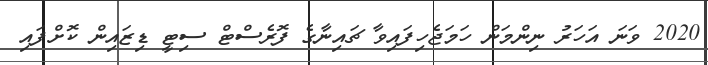
2020 ވަނަ އަހަރު ނިންމަން ހަމަޖެހިފައިވާ ޗައިނާގެ ފޮރެސްޓް ސިޓީ ޑިޒައިން ކޮށްފައި